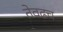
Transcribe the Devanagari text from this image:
तेवढच